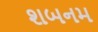
શબનમ